Sanitation, dispensaries and jails vaccination Rajputana 1922-1927 - 1922-1927
Year: 1922
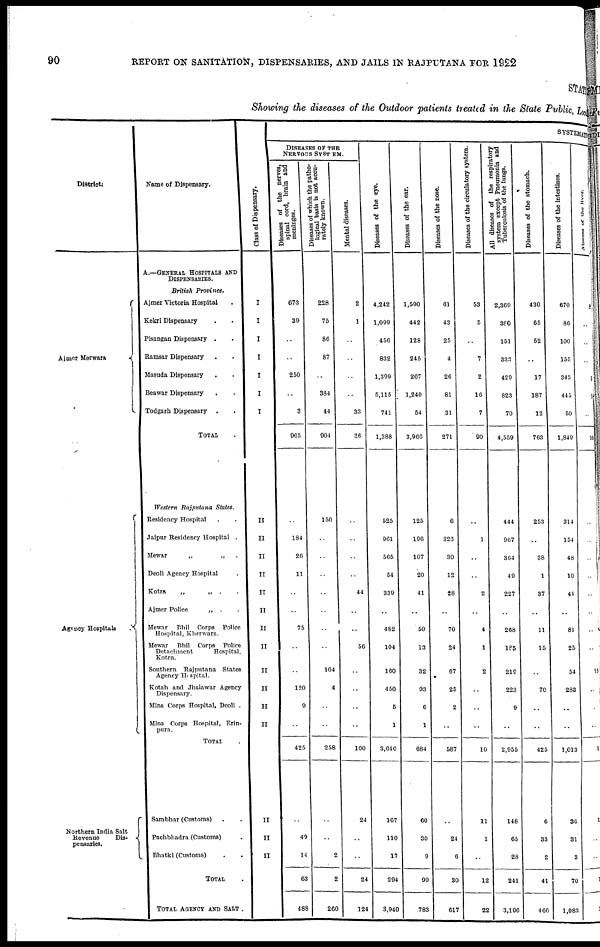
90 REPORT ON SANITATION, DISPENSARIES, AND JAILS IN RAJPUTANA FO
STATE
Showing the diseases of the Outdoor patients treated in the State Public, Local
District.
Ajmer Merwara
Agency Hospitals
.
Northern India Salt
Revenuo
Dis-
pensaries.
Name of Dispensary.
A.—GENERAL HOSPITALS AND
DISPENSARIES.
British
Province.
Ajmer Victoria Hospital .
Kekri Dispensary ..
Pisangan Dispensary ..
Ramsar Dispensary ..
Masuda Dispensary ..
Beawar Dispensary ..
Todgarh Dispensary
..
TOTAL .
Western Rajputana
States.
Residency Hospital ..
Jaipur Residency Hospital .
Mewar
„
„ .
Deoli Agency Hospital .
Kotra.
„
„ .
.
Ajmer Police
„
. .
Mewar
Bhil
Corps
Police
Hospital, Kherwara.
Mewar
Bhil
Corps
Police
Detachment
Hospital,
Kotra.
Southern Rajputana
States
Agency Hospital.
Kotah and Jhalawar Agency
Dispensary.
Mina Corps Hospital, Deoli .
Mina Corps Hospital, Erin-
pura.
TOTAL .
Sambhar (Customs) ..
Pachbhadra (Customs) .
Bhatki (Customs) ..
TOTAL .
TOTAL AGENCY AND SALT .
Class of Dispensary.
I
I
I
I
I
I
I
II
II
II
II
II
II
II
II
II
II
II
II
II
II
II
SYSTEMATI
DISEASES OF THE
NERVOUS SYSTEM.
Diseases of the nerves,
spinal cord, brain and
meninges.
673
39
..
..
250
..
3
965
..
184
26
11
..
..
75
..
..
120
9
..
425
..
49
14
63
488
Diseases of which the patho-
logical basis is not accu-
rately known.
228
75
86
87
..
384
44
904
150
..
..
..
..
..
..
..
104
4
..
..
258
..
..
2
2
260
Mental diseases.
2
1
..
..
..
..
33
36
..
..
..
..
44
..
..
56
..
..
..
..
100
24
..
..
24
124
Diseases of the eye.
4,242
1,099
456
832
1,399
5,115
741
1,388
525
961
565
54
339
..
482
104
160
450
5
1
3,646
167
110
17
294
3,940
Diseases of the ear.
1,590
442
128
245
267
1,240
54
3,966
125
196
107
20
41
..
50
13
32
93
6
1
684
60
30
9
99
783
Diseases of the nose.
61
43
25
4
26
81
31
271
6
323
30
12
28
..
70
24
67
25
2
..
587
..
24
6
30
617
Diseases of the circulatory system.
53
5
..
7
2
16
7
90
..
1
..
..
2
..
4
1
2
..
..
..
10
11
1
..
12
22
All diseases of the respiratory
system except Pneumonia and
Tuberculosis of the lungs.
2,369
380
151
333
429
823
70
4,559
444
967
364
49
227
268
185
219
223
9
..
2,955
148
65
28
241
3,196
Diseases of the stomach.
430
65
52
..
17
187
12
763
253
..
38
1
37
..
11
15
..
70
..
..
425
6
33
2
41
466
Diseases of the intestines.
670
86
100
155
343
445
50
1,849
314
154
48
10
41
81
25
54
283
..
..
1,013
36
31
3
70
1,083
Abscess
of
liver
8
..
..
..
1
1
..
10
..
..
..
..
..
..
..
..
13
..
..
..
11
1
..
..
1
1